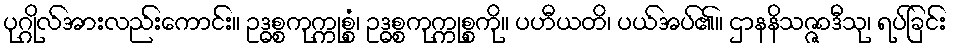
ပုဂ္ဂိုလ်အားလည်းကောင်း။ ဥဒ္ဓစ္စကုက္ကုစ္စံ၊ ဥဒ္ဓစ္စကုက္ကုစ္စကို။ ပဟီယတိ၊ ပယ်အပ်၏။ ဌာနနိသဇ္ဇာဒီသု၊ ရပ်ခြင်း